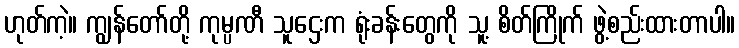
ဟုတ်ကဲ့။ ကျွန်တော်တို့ ကုမ္ပဏီ သူဌေးက ရုံးခန်းတွေကို သူ့ စိတ်ကြိုက် ဖွဲ့စည်းထားတာပါ။